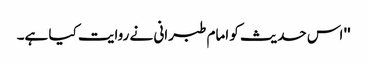
'' اس حدیث کو امام طبرانی نے روایت کیا ہے۔